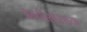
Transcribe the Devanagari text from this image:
अग्नीसारख्या